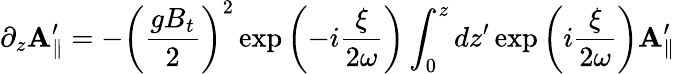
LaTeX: \partial_{z}\mathbf{A}_{\parallel}^{\prime}=-\left({\frac{{gB_{t}}}{{2}}}\right)^{2}\exp\left(-i{\frac{{\xi}}{{2\omega}}}\right)\int_{0}^{z}dz^{\prime}\exp\left(i{\frac{{\xi}}{{2\omega}}}\right)\mathbf{A}_{\parallel}^{\prime}